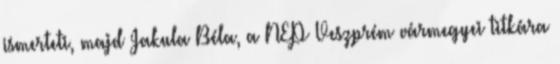
ismerteti, majd Jakula Béla, a NEP Veszprém vármegyei titkára